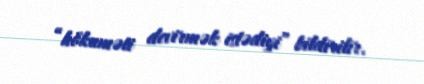
“hökuməti devirmək istədiyi” bildirilir.